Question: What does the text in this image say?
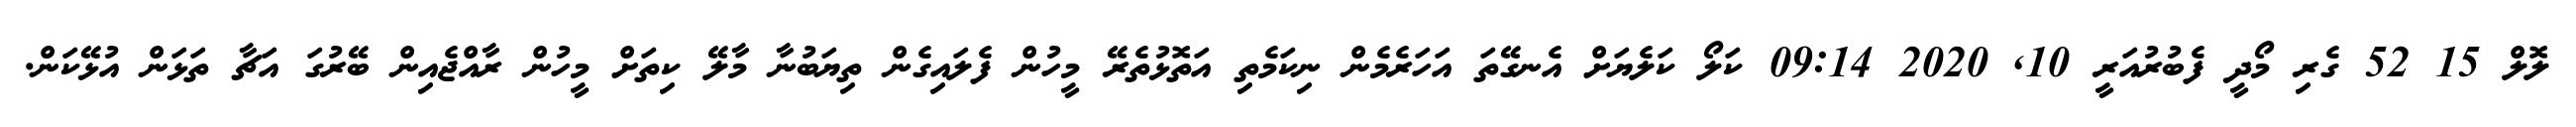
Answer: ލޮލް 15 52 ގެރި މޯދީ ފެބުރުއަރީ 10, 2020 09:14 ކަލޯ ކަލެޔަށް އެނގޭތަ އަހަރެމެން ނިކަމެތި އަތޮޅުތެރޭ މީހުން ފެލައިގެން ތިޔަބުނާ މާލޭ ކިތަށް މީހުން ރާއްޖެއިން ބޭރުގަ އަޗާ ތަޅަން އުޅޭކަން.